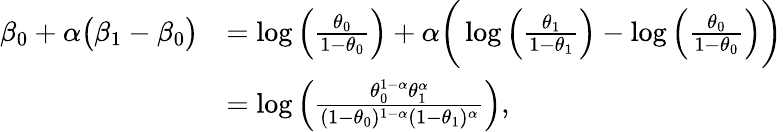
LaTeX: \begin{array}{rl}{\beta_{0}+\alpha\big(\beta_{1}-\beta_{0}\big)}&{=\log\left(\frac{\theta_{0}}{1-\theta_{0}}\right)+\alpha\bigg(\log\left(\frac{\theta_{1}}{1-\theta_{1}}\right)-\log\left(\frac{\theta_{0}}{1-\theta_{0}}\right)\bigg)}\\ &{=\log\left(\frac{\theta_{0}^{1-\alpha}\theta_{1}^{\alpha}}{(1-\theta_{0})^{1-\alpha}(1-\theta_{1})^{\alpha}}\right),}\end{array}